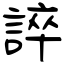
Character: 誶